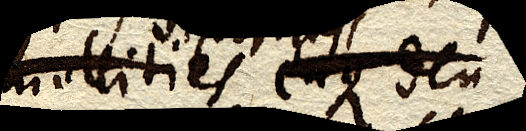
mollities eaque den